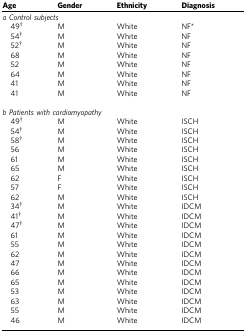
<table><thead><tr><td><b>Age</b></td><td><b>Gender</b></td><td><b>Ethnicity</b></td><td><b>Diagnosis</b></td></tr></thead><tbody><tr><td colspan="4"><i>a Control subjects</i></td></tr><tr><td> 49†</td><td>M</td><td>White</td><td>NF*</td></tr><tr><td> 54†</td><td>M</td><td>White</td><td>NF</td></tr><tr><td> 52†</td><td>M</td><td>White</td><td>NF</td></tr><tr><td> 68</td><td>M</td><td>White</td><td>NF</td></tr><tr><td> 52</td><td>M</td><td>White</td><td>NF</td></tr><tr><td> 64</td><td>M</td><td>White</td><td>NF</td></tr><tr><td> 41</td><td>M</td><td>White</td><td>NF</td></tr><tr><td> 41</td><td>M</td><td>White</td><td>NF</td></tr><tr><td> </td><td> </td><td> </td><td> </td></tr><tr><td colspan="4"><i>b Patients with cardiomyopathy</i></td></tr><tr><td> 49†</td><td>M</td><td>White</td><td>ISCH</td></tr><tr><td> 54†</td><td>M</td><td>White</td><td>ISCH</td></tr><tr><td> 58†</td><td>M</td><td>White</td><td>ISCH</td></tr><tr><td> 56</td><td>M</td><td>White</td><td>ISCH</td></tr><tr><td> 61</td><td>M</td><td>White</td><td>ISCH</td></tr><tr><td> 65</td><td>M</td><td>White</td><td>ISCH</td></tr><tr><td> 62</td><td>F</td><td>White</td><td>ISCH</td></tr><tr><td> 57</td><td>F</td><td>White</td><td>ISCH</td></tr><tr><td> 62</td><td>M</td><td>White</td><td>ISCH</td></tr><tr><td> 34†</td><td>M</td><td>White</td><td>IDCM</td></tr><tr><td> 41†</td><td>M</td><td>White</td><td>IDCM</td></tr><tr><td> 47†</td><td>M</td><td>White</td><td>IDCM</td></tr><tr><td> 61</td><td>M</td><td>White</td><td>IDCM</td></tr><tr><td> 55</td><td>M</td><td>White</td><td>IDCM</td></tr><tr><td> 62</td><td>M</td><td>White</td><td>IDCM</td></tr><tr><td> 47</td><td>M</td><td>White</td><td>IDCM</td></tr><tr><td> 66</td><td>M</td><td>White</td><td>IDCM</td></tr><tr><td> 65</td><td>M</td><td>White</td><td>IDCM</td></tr><tr><td> 53</td><td>M</td><td>White</td><td>IDCM</td></tr><tr><td> 63</td><td>M</td><td>White</td><td>IDCM</td></tr><tr><td> 55</td><td>M</td><td>White</td><td>IDCM</td></tr><tr><td> 46</td><td>M</td><td>White</td><td>IDCM</td></tr></tbody></table>